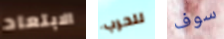
الابتعاد للحرب سوف